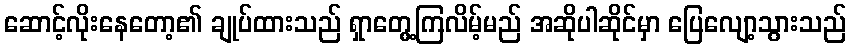
ဆောင့်လိုးနေတော့၏ ချုပ်ထားသည် ရှာတွေ့ကြလိမ့်မည် အဆိုပါဆိုင်မှာ ပြေလျော့သွားသည်